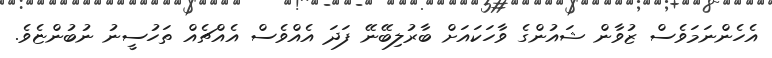
އެހެންނަމަވެސް ޒުވާން ޝައުންގެ ވާހަކައަށް ބާރުލިބޭނޭ ފަދަ އެއްވެސް އެއްޗެއް ތަހުސީނު ނުބުންޏެވެ.